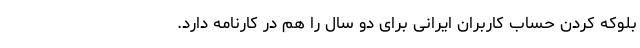
بلوکه کردن حساب کاربران ایرانی برای دو سال را هم در کارنامه دارد.